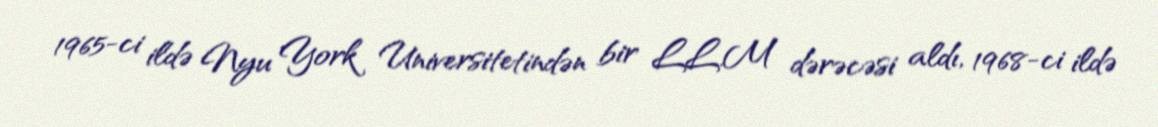
1965-ci ildə Nyu York Universitetindən bir LL.M dərəcəsi aldı, 1968-ci ildə